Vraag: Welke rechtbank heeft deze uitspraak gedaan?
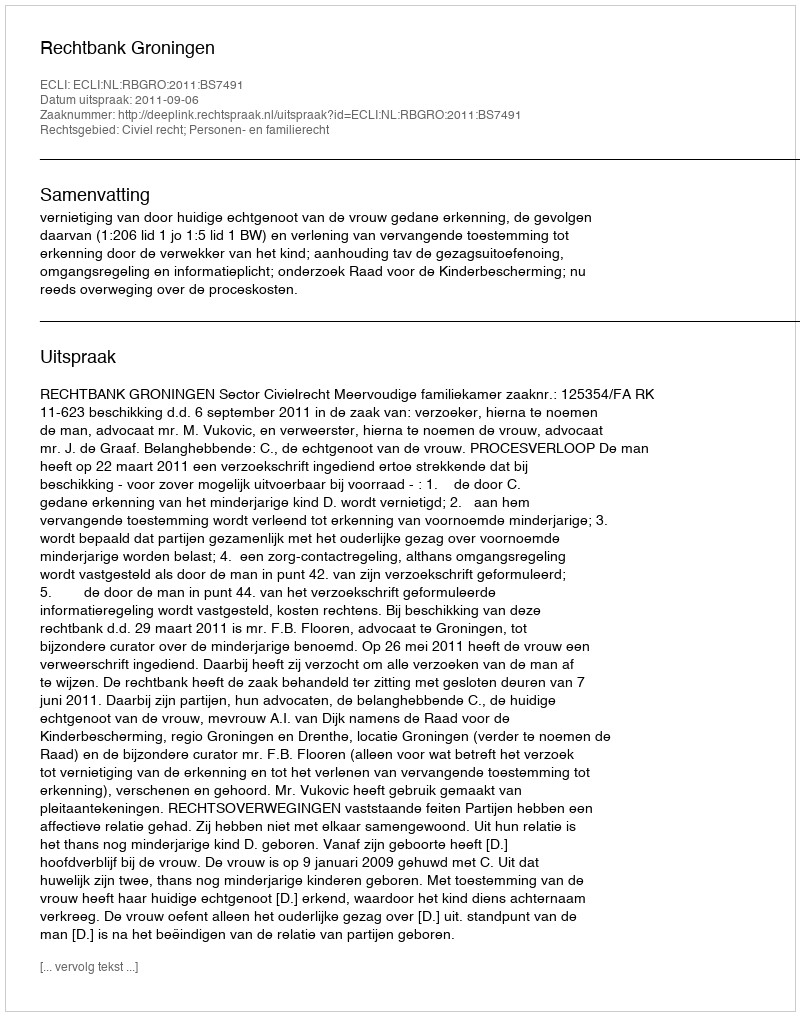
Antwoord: Rechtbank Groningen